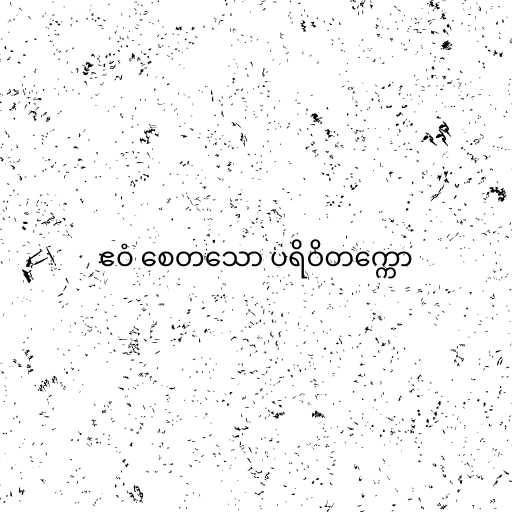
ဧဝံ စေတသော ပရိဝိတက္ကော